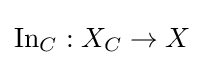
\operatorname {In} _{C}:X_{C}\to X